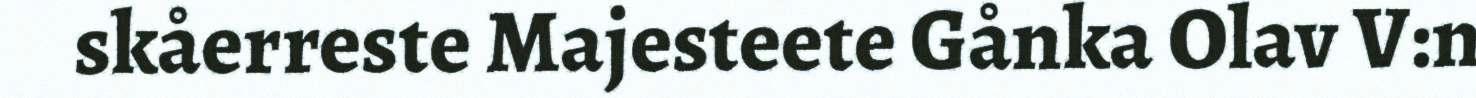
skåerreste Majesteete Gånka Olav V:n